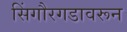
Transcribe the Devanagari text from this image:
सिंगौरगडावरून